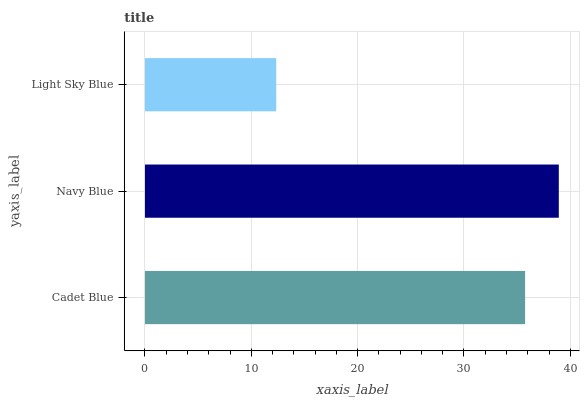
| yaxis_label | bars |
 | --- | --- |
 | Cadet Blue | 35.7 |
 | Navy Blue | 38.9 |
 | Light Sky Blue | 12.3 |